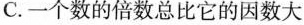
C.一个数的倍数总比它的因数大